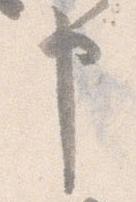
申